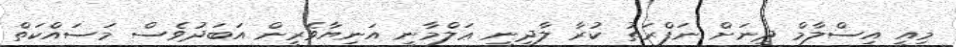
މިއީ އިސްލާމް ދީނަށް ނަފްރަތު ކުރާ ލާދީނީ ޢަލްމާނީ އަނިޔާވެރީން އަބަދުވެސް މަސައްކަތް